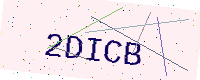
Text: 2DICB